Scientific memoirs by medical officers of the Army of India - Part XII,
Year: 1901
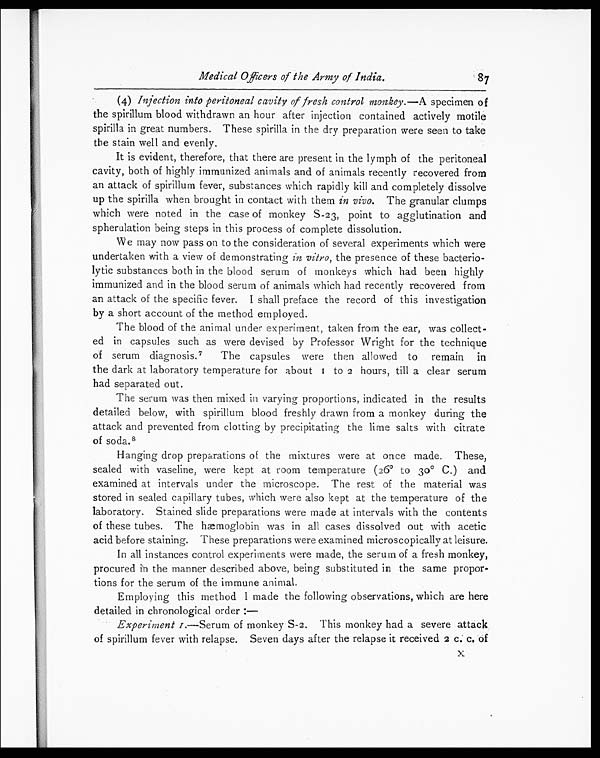
Medical Officers of the Army of India.
87
(4) Injection into peritoneal cavity of fresh control monkey. —A specimen of
the spirillum blood withdrawn an hour after injection contained actively motile
spirilla in great numbers. These spirilla in the dry preparation were seen to take
the stain well and evenly.
It is evident, therefore, that there are present in the lymph of the peritoneal
cavity, both of highly immunized animals and of animals recently recovered from
an attack of spirillum fever, substances which rapidly kill and completely dissolve
up the spirilla when brought in contact with them in vivo. The granular clumps
which were noted in the case of monkey S-23, point to agglutination and
spherulation being steps in this process of complete dissolution.
We may now pass on to the consideration of several experiments which were
undertaken with a view of demonstrating in vitro, the presence of these bacterio-
lytic substances both in the blood serum of monkeys which had been highly
immunized and in the blood serum of animals which had recently recovered from
an attack of the specific fever. I shall preface the record of this investigation
by a short account of the method employed.
The blood of the animal under experiment, taken from the ear, was collect-
ed in capsules such as were devised by Professor Wright for the technique
of serum diagnosis.7 The capsules were then allowed to remain in
the dark at laboratory temperature for about 1 to 2h o u r s , t i l l a c l e a r s e r u m
had separated out.
The serum was then mixed in varying proportions, indicated in the results
detailed below, with spirillum blood freshly drawn from a monkey during the
attack and prevented from clotting by precipitating the lime salts with citrate
of soda. 8
Hanging drop preparations of the mixtures were at once made. These,
sealed with vaseline, were kept at room temperature (26º to 30º C.) and
examined at intervals under the microscope. The rest of the material was
stored in sealed capillary tubes, which were also kept at the temperature of the
laboratory. Stained slide preparations were made at intervals with the contents
of these tubes. The hæmoglobin was in all cases dissolved out with acetic
acid before staining. These preparations were examined microscopically at leisure.
In all instances control experiments were made, the serum of a fresh monkey,
procured in the manner described above, being substituted in the same propor-
tions for the serum of the immune animal.
Employing this method I made the following observations, which are here
detailed in chronological order :—
Experiment 1.—Serum of monkey S-2. This monkey had a severe attack
of spirillum fever with relapse. Seven days after the relapse it received 2 c. c. of
X